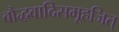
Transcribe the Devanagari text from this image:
बौद्धवादिसमूहजित्